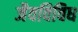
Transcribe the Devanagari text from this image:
जैवविविध